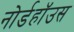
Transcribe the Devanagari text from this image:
नोर्डहॉउस